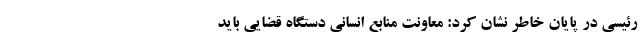
رئیسی در پایان خاطر نشان کرد: معاونت منابع انسانی دستگاه قضایی باید